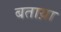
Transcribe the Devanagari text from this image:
बताय़ा